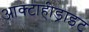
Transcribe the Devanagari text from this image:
आक्टाहीड्राइट